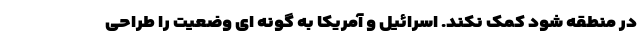
در منطقه شود کمک نکند‌. اسرائیل و آمریکا به گونه ای وضعیت را طراحی